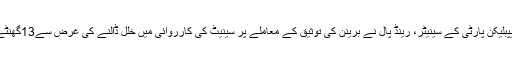
کینٹکی سے تعلق رکھنے والے ریپبلیکن پارٹی کے سینیٹر، رینڈ پال نے برینن کی توثیق کے معاملے پر سینیٹ کی کارروائی میں خلل ڈالنے کی غرض سے13گھنٹے تک تقریر کا سلسلہ جاری رکھا۔